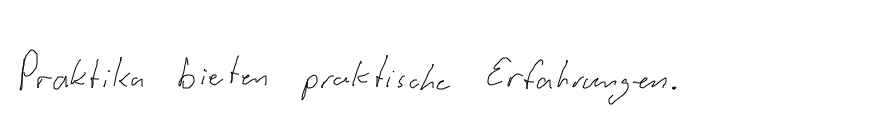
Praktika bieten praktische Erfahrungen.